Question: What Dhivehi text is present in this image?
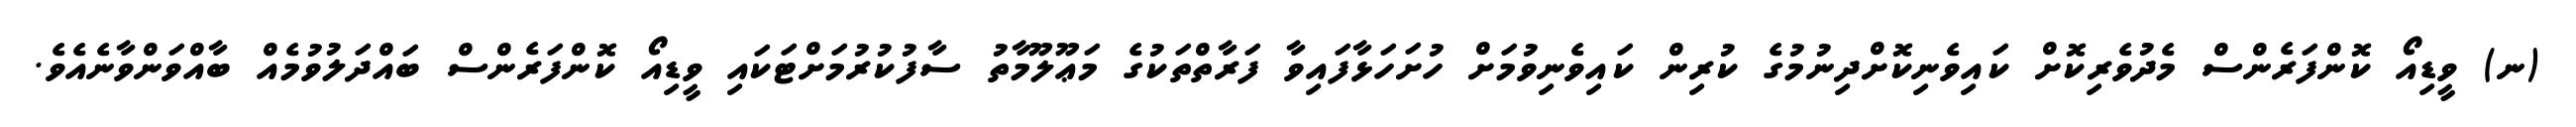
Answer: (ނ) ވީޑިއޯ ކޮންފަރެންސް މެދުވެރިކޮށް ކައިވެނިކޮށްދިނުމުގެ ކުރިން ކައިވެނިވުމަށް ހުށަހަޅާފައިވާ ފަރާތްތަކުގެ މަޢޫލޫމާތު ސާފުކުރުމަށްޓަކައި ވީޑިއޯ ކޮންފަރެންސް ބައްދަލުވުމެއް ބާއްވަންވާނެއެވެ.